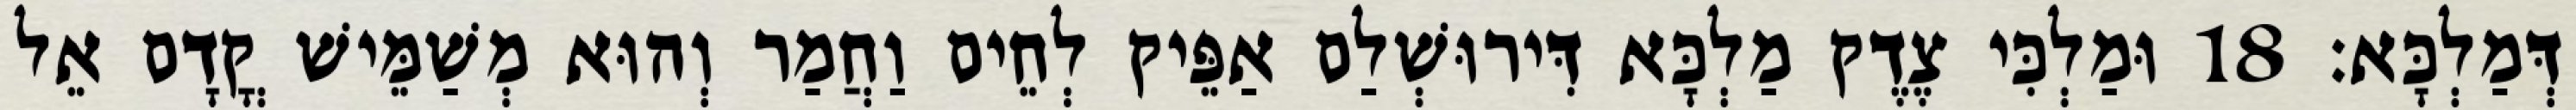
דְּמַלְכָּא׃ 18 וּמַלְכִּי צֶדֶק מַלְכָּא דִּירוּשְׁלַם אַפֵּיק לְחֵים וַחֲמַר וְהוּא מְשַׁמֵּישׁ קֳדָם אֵל